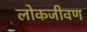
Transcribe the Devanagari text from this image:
लोकजीवण